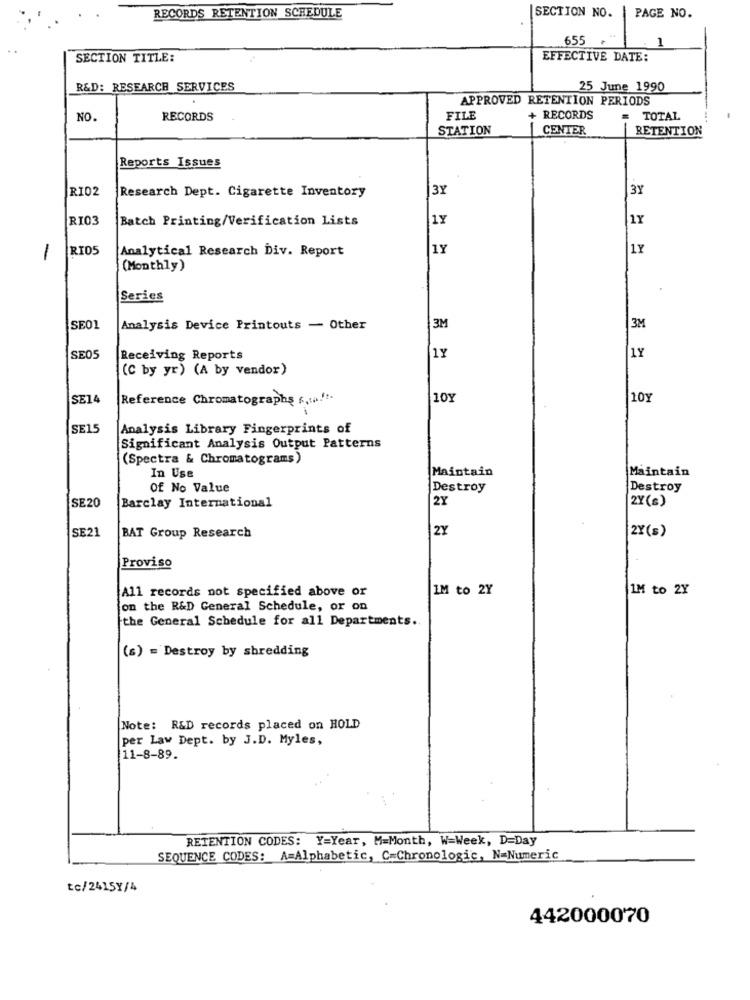
SECTION NO.
RECORDS RETENTION SCHEDULE
PAGE NO.
655
.
1
SECTION TITLE:
EFFECTIVE DATE:
R&D: RESEARCH SERVICES
25 June 1990
APPROVED RETENTION PERIODS
NO.
RECORDS
FILE
+ RECORDS
= TOTAL
STATION
CENTER
RETENTION
Reports Issues
RI02
3Y
3Y
Research Dept. Cigarette Inventory
RI03
Batch Printing/Verification Lists
1Y
.1Y
RI05
Analytical Research Div. Report
1Y
1Y
1
(Monthly)
Series
SE01
Analysis Device Printouts - Other
3M
3M
1Y
SE05
Receiving Reports
1Y
(C by yr) (A by vendor)
SE14
Reference Chromatography s ..... ".
101
10Y
SE15
Analysis Library Fingerprints of
Significant Analysis Output Patterns
(Spectra & Chromatograms)
In Use
Maintain
Maintain
Of No Value
Destroy
Destroy
2Y
2Y(s)
SE20
Barclay International
2Y
2Y(s)
SE21
BAT Group Research
Proviso
All records not specified above or
IM to 2Y
1M to 2Y
on the R&D General Schedule, or on
the General Schedule for all Departments.
(s) = Destroy by shredding
Note: R&D records placed on HOLD
per Law Dept. by J.D. Myles,
11-8-89.
RETENTION CODES: Y=Year, M=Month, W=Week, D=Day
SEQUENCE CODES: A=Alphabetic, C=Chronologic, N=Numeric
tc/2415Y/4
442000070